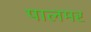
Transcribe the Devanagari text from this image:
पालमर